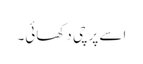
اسے پرچی دکھائی۔